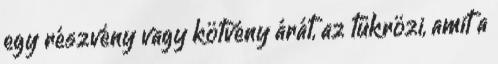
egy részvény vagy kötvény árát, az tükrözi, amit a